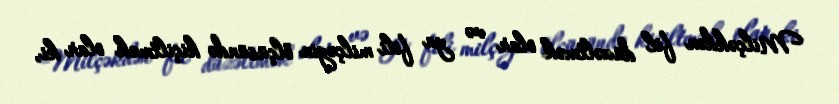
Milçəkdən fil düzəltmək olar və ya fili milçəyin ölçüsündə kiçiltmək olar ki,